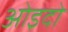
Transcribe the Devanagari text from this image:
ओइदो